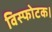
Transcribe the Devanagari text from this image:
विस्फोटक।